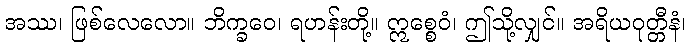
အဿ၊ ဖြစ်လေလော။ ဘိက္ခဝေ၊ ရဟန်းတို့။ ဣစ္စေဝံ၊ ဤသို့လျှင်။ အရိယဝုတ္တီနံ၊